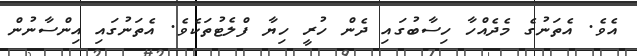
އެވެ. އެތަނުގެ މެދެއްހާ ހިސާބުގައި ދެން ހުރީ ހިޔާ ފްލެޓުތަކެވެ. އެތަނުގައި އިންސާނުން